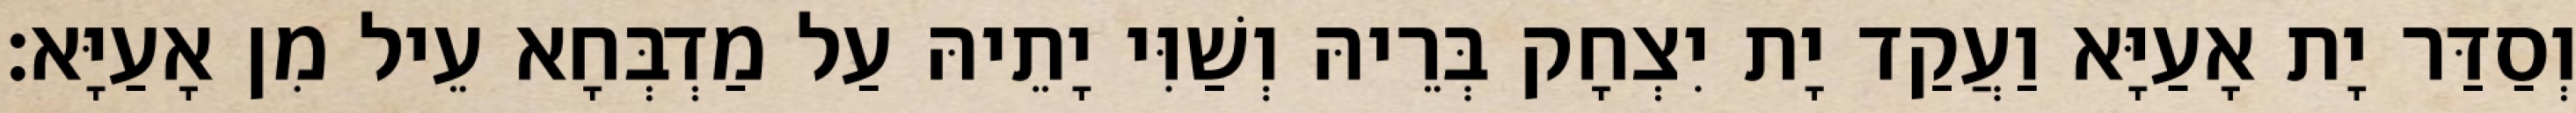
וְסַדַּר יָת אָעַיָּא וַעֲקַד יָת יִצְחָק בְּרֵיהּ וְשַׁוִּי יָתֵיהּ עַל מַדְבְּחָא עֵיל מִן אָעַיָּא׃